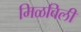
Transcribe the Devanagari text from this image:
मिळविलीं